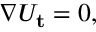
\begin{array} { r } { \nabla U _ { \mathbf { t } } = 0 , } \end{array}